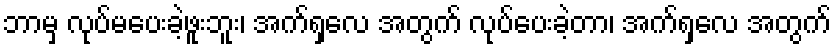
ဘာမှ လုပ်မပေးခဲ့ဖူးဘူး၊ အက်ရှလေ အတွက် လုပ်ပေးခဲ့တာ၊ အက်ရှလေ အတွက်